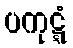
ပကုဋ္ဋံ